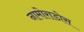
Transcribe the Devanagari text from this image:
नामोराडोस